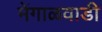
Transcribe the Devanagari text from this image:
मेंगाळवाडी